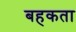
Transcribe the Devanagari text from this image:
बहकता